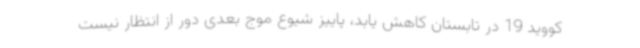
کووید 19 در تابستان کاهش یابد، پاییز شیوع موج بعدی دور از انتظار نیست